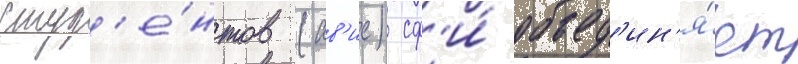
студ'е́нтов (ав'ис) сф'и́ объед'ин'я́ет